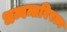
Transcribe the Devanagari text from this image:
धन्वन्तरिरत्न